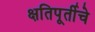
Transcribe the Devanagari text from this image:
क्षतिपूर्तीचे